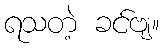
ရသတဲ့ ခင်ဗျ။